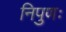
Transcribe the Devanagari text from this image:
निपुणः